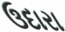
ઉદારા